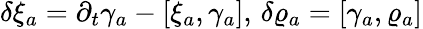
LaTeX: \delta\xi_{a}=\partial_{t}\gamma_{a}-[\xi_{a},\gamma_{a}],\, \delta\varrho_{a}=[\gamma_{a},\varrho_{a}]